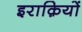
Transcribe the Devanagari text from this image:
इराक़ियों